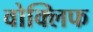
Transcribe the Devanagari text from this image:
वोक्लिफ